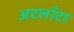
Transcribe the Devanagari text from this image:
अटलाँटा